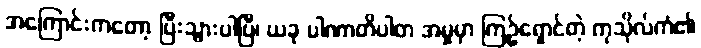
အကြောင်းကတော့ ပြီးသွားပါပြီ၊ ယခု ပါဏာတိပါတ အမှုမှာ ကြဉ်ရှောင်တဲ့ ကုသိုလ်ကံ၏